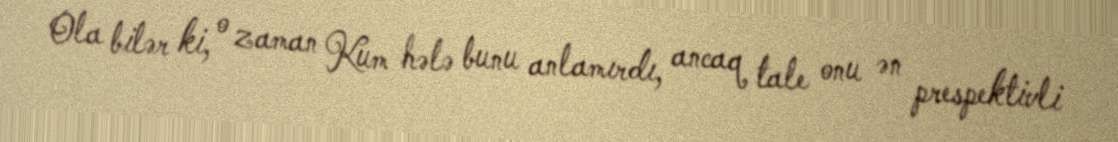
Ola bilər ki, o zaman Kum hələ bunu anlamırdı, ancaq tale onu ən prespektivli